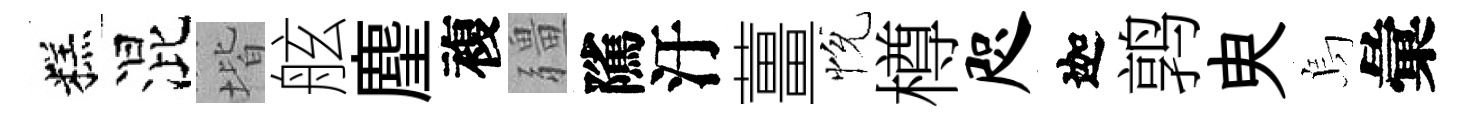
糕混堦舷麈複疆隲汙薑恱樽咫迦鹑㬰烏彙